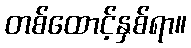
တစ်ထောင့်နှစ်ရာ။